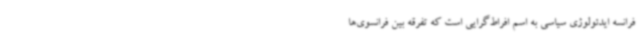
فرانسه ایدئولوژی سیاسی به اسم افراط‌گرایی است که تفرقه بین فرانسوی‌ها